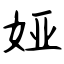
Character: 娅